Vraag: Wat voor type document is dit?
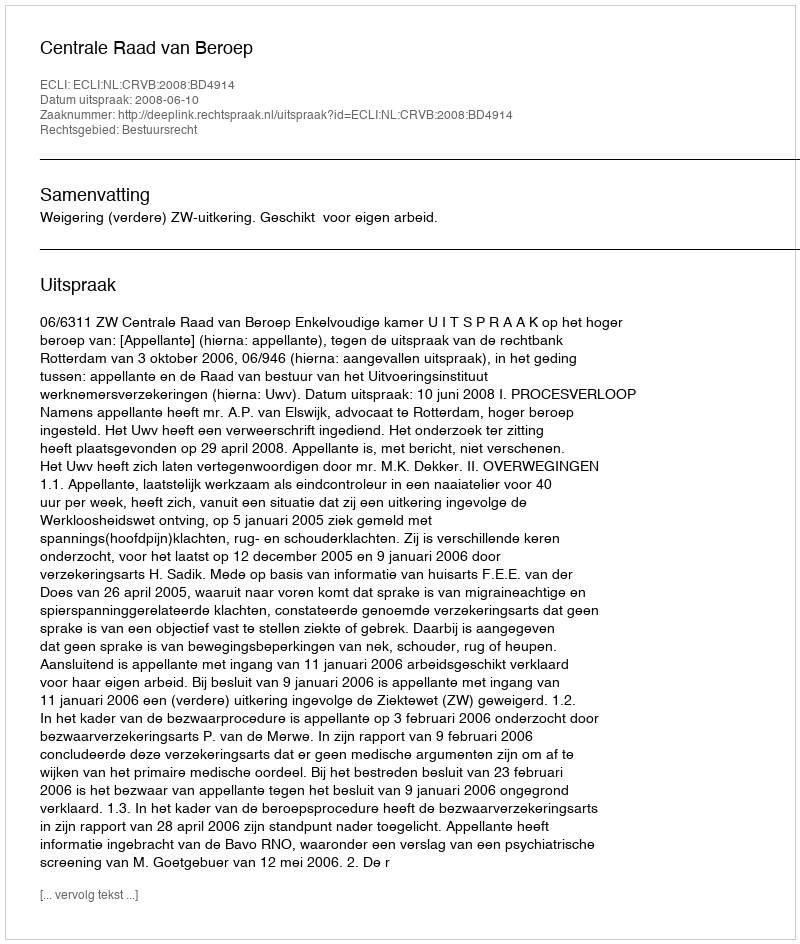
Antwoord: Uitspraak